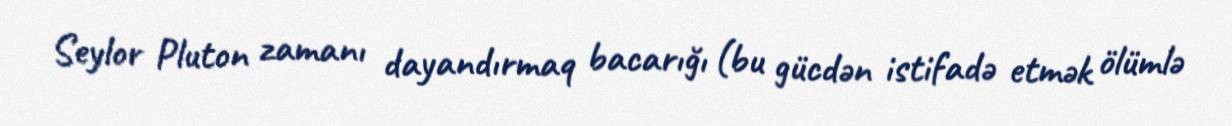
Seylor Pluton zamanı dayandırmaq bacarığı (bu gücdən istifadə etmək ölümlə